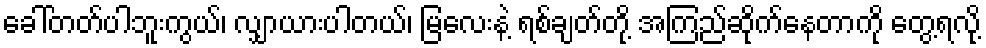
ခေါ်တတ်ပါဘူးကွယ်၊ လျှာယားပါတယ်၊ မြလေးနဲ့ ရစ်ချတ်တို့ အကြည်ဆိုက်နေတာကို တွေ့ရလို့